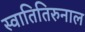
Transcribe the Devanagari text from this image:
स्वातितिरुनाल